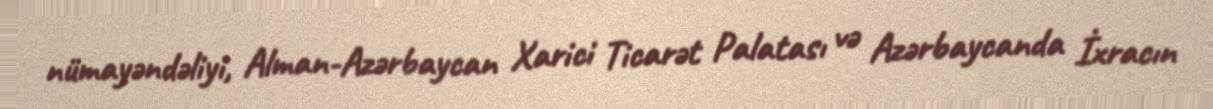
nümayəndəliyi, Alman-Azərbaycan Xarici Ticarət Palatası və Azərbaycanda İxracın